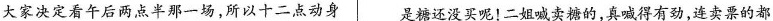
大家决定看午后两点半那一场，所以十二点动身是糖还没买呢！二姐喊卖糖的，真喊得有劲，连卖票的都